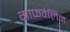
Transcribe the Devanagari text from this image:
गाफ़वेलिन